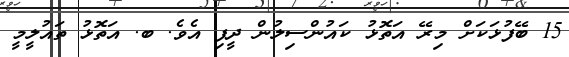
15 ބޭފުޅަކަށް މިރޭ އަތޮޅު ކައުންސިލުން ދީފި އެވެ. ބ. އަތޮޅު ތައުލީމީ